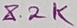
Text: 8.2K